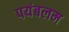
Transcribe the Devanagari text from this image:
पयंबलम